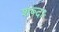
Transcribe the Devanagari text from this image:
शब्दाः